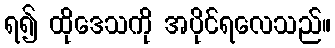
ရ၍ ထိုဒေသကို အပိုင်ရလေသည်။